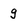
Character: g